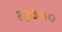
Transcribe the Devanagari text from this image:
१३७००